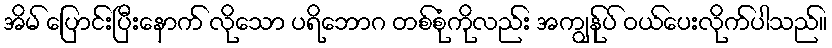
အိမ် ပြောင်းပြီးနောက် လိုသော ပရိဘောဂ တစ်စုံကိုလည်း အကျွန်ုပ် ဝယ်ပေးလိုက်ပါသည်။